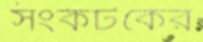
সংকটকের